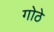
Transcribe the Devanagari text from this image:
गोठे